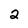
Character: 2